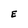
Character: E